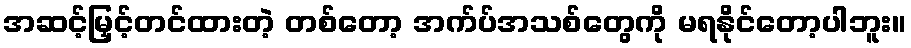
အဆင့်မြှင့်တင်ထားတဲ့ တစ်တော့ အက်ပ်အသစ်တွေကို မရနိုင်တော့ပါဘူး။